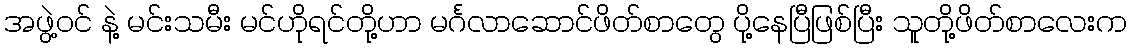
အဖွဲ့ဝင် နဲ့ မင်းသမီး မင်ဟိုရင်တို့ဟာ မင်္ဂလာဆောင်ဖိတ်စာတွေ ပို့နေပြီဖြစ်ပြီး သူတို့ဖိတ်စာလေးက